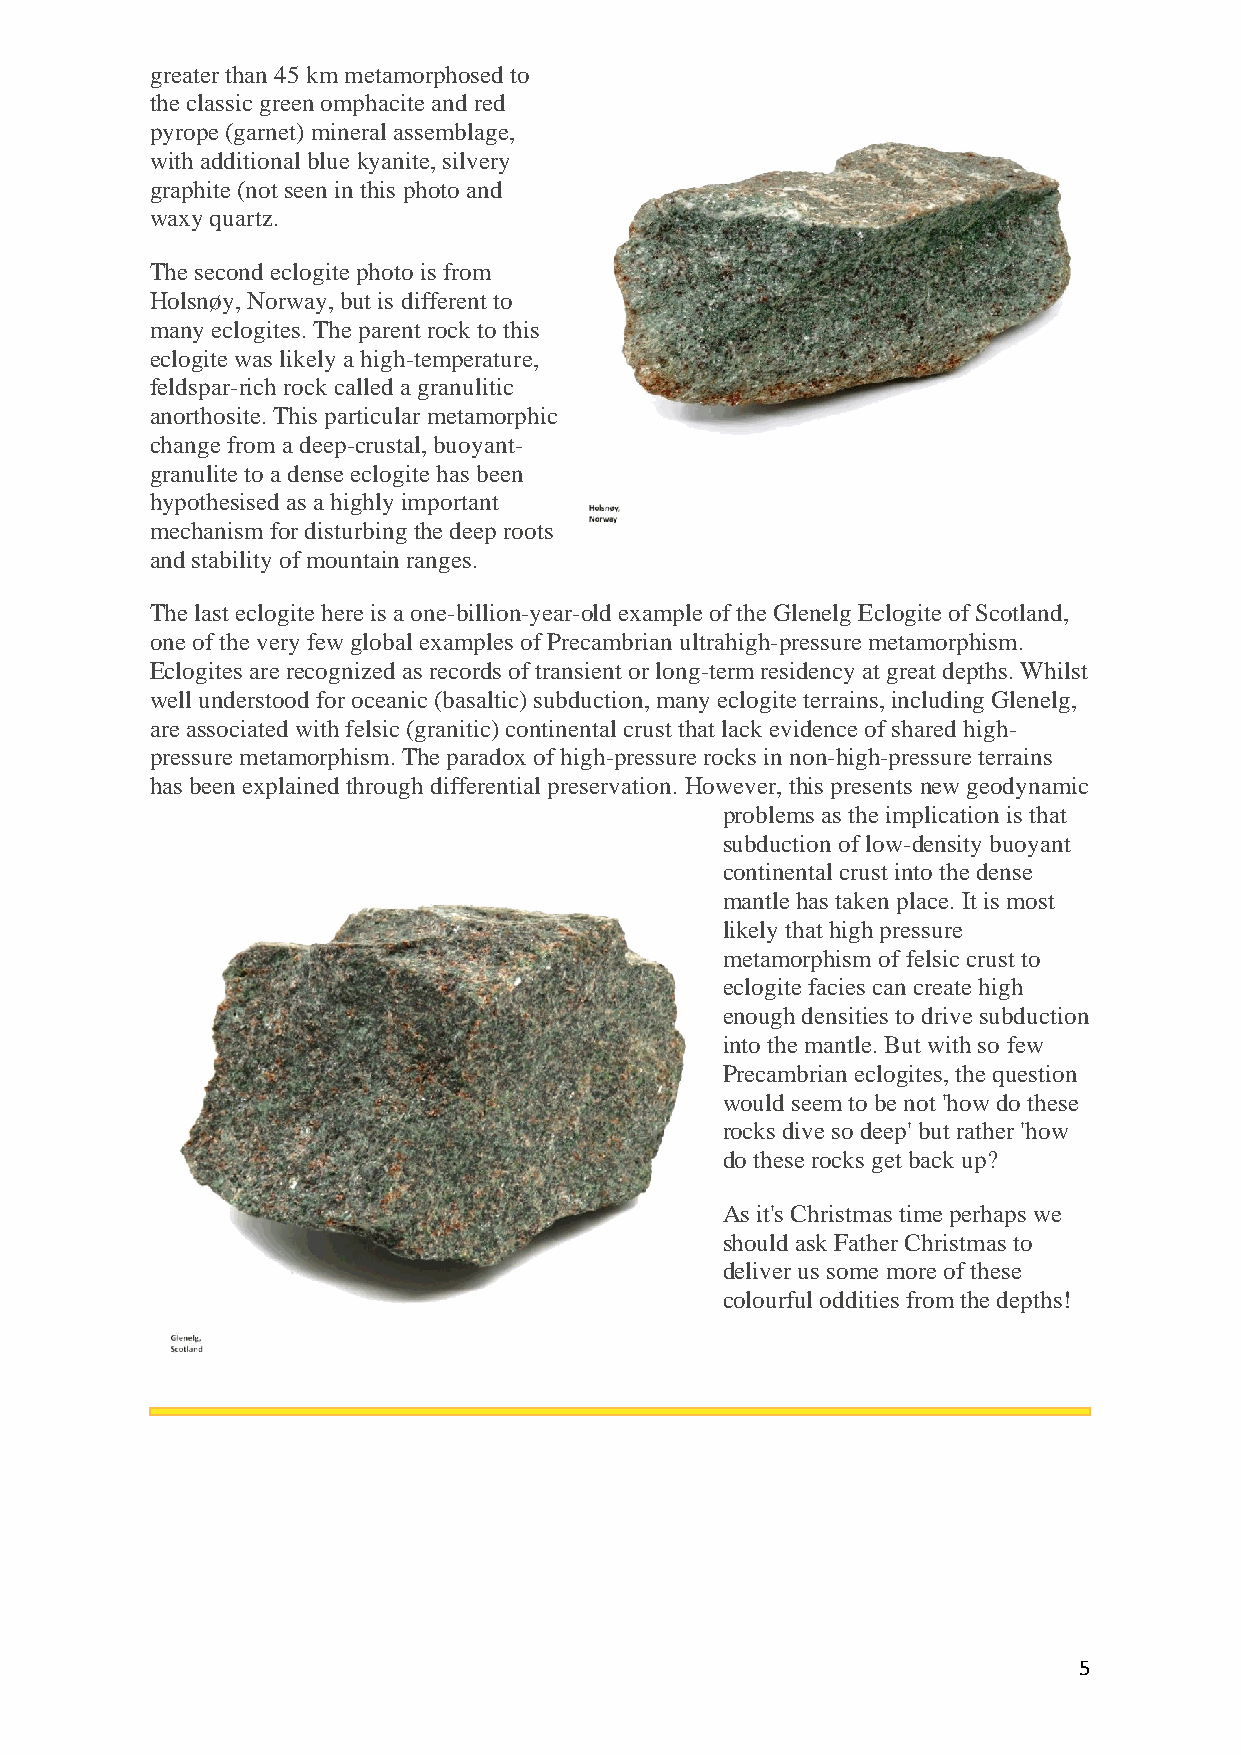
greater than 45 km metamorphosed to
 the classic green omphacite and red
 pyrope (garnet) mineral assemblage,
 with additional blue kyanite, silvery
 graphite (not seen in this photo and
 waxy quartz.
 The second eclogite photo is from
 Holsnøy, Norway, but is different to
 many eclogites. The parent rock to this
 eclogite was likely a high-temperature,
 feldspar-rich rock called a granulitic
 anorthosite. This particular metamorphic
 change from a deep-crustal, buoyant-
 granulite to a dense eclogite has been
 hypothesised as a highly important
 mechanism for disturbing the deep roots
 and stability of mountain ranges.
 The last eclogite here is a one-billion-year-old example of the Glenelg Eclogite of Scotland,
 one of the very few global examples of Precambrian ultrahigh-pressure metamorphism.
 Eclogites are recognized as records of transient or long-term residency at great depths. Whilst
 well understood for oceanic (basaltic) subduction, many eclogite terrains, including Glenelg,
 are associated with felsic (granitic) continental crust that lack evidence of shared high-
 pressure metamorphism. The paradox of high-pressure rocks in non-high-pressure terrains
 has been explained through differential preservation. However, this presents new geodynamic
 problems as the implication is that
 subduction of low-density buoyant
 continental crust into the dense
 mantle has taken place. It is most
 likely that high pressure
 metamorphism of felsic crust to
 eclogite facies can create high
 enough densities to drive subduction
 into the mantle. But with so few
 Precambrian eclogites, the question
 would seem to be not 'how do these
 rocks dive so deep' but rather 'how
 do these rocks get back up?
 As it's Christmas time perhaps we
 should ask Father Christmas to
 deliver us some more of these
 colourful oddities from the depths!
 5